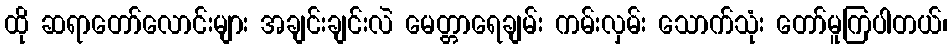
ထို ဆရာတော်လောင်းများ အချင်းချင်းလဲ မေတ္တာရေချမ်း ကမ်းလှမ်း သောက်သုံး တော်မူကြပါတယ်၊